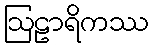
ဩဠာရိကဿ